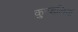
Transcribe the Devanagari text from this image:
कुण्‍डलियां